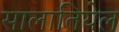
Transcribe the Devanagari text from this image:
सालातियेल